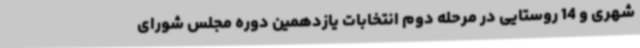
شهری و 14 روستایی در مرحله دوم انتخابات یازدهمین دوره مجلس شورای